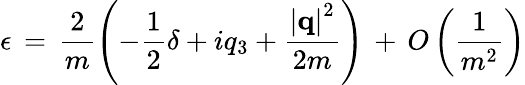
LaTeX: \epsilon\, =\, \frac{2}{m}\left(-\frac{1}{2}\delta+iq_{3}+\frac{\left|{\mathbf q}\right|^{2}}{2m}\right)\, +\, O\left(\frac{1}{m^{2}}\right)